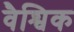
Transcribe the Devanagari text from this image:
वैश्विक